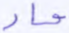
حاد